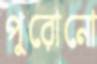
পুরোনো